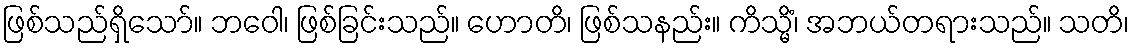
ဖြစ်သည်ရှိသော်။ ဘဝေါ၊ ဖြစ်ခြင်းသည်။ ဟောတိ၊ ဖြစ်သနည်း။ ကိသ္မိံ၊ အဘယ်တရားသည်။ သတိ၊